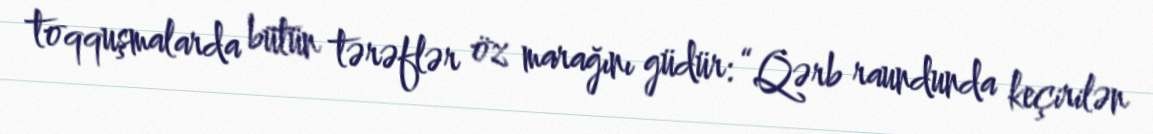
toqquşmalarda bütün tərəflər öz marağını güdür: “Qərb raundunda keçirilən